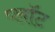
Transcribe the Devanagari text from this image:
प्‍लॉट